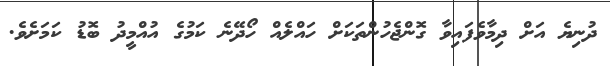
ދުނިޔެ އަށް ދިމާވެފައިވާ ގޮންޖެހުންތަކަށް ހައްލެއް ހޯދޭނެ ކަމުގެ އުއްމީދު ބޮޑު ކަމަށެވެ.